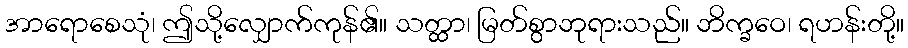
အာရောစေသုံ၊ ဤသို့လျှောက်ကုန်၏။ သတ္ထာ၊ မြတ်စွာဘုရားသည်။ ဘိက္ခဝေ၊ ရဟန်းတို့။